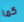
كما